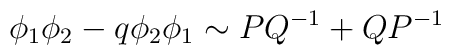
\phi_1\phi_2- q\phi_2\phi_1 \sim PQ^{-1} + QP^{-1}